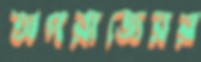
অপরাজেয়র